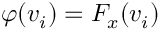
\varphi ( v _ { i } ) = F _ { x } ( v _ { i } )